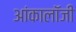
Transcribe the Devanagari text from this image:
आंकालॉजी